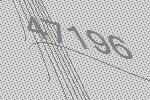
47196